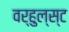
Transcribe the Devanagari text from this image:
वर्हुल्स्ट